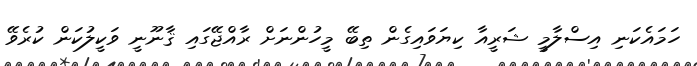
ހަމައެކަނި އިސްލާމީ ޝަރީއާ ކިޔަވައިގެން ތިބޭ މީހުންނަށް ރާއްޖޭގައި ޤާނޫނީ ވަކީލުކަން ކުރެވޭ